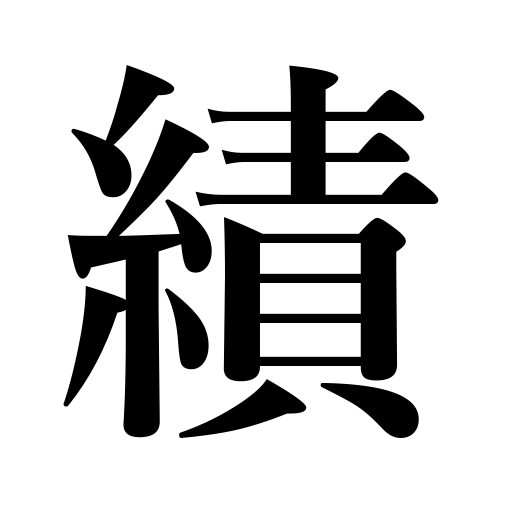
Meanings: unreeling cocoons,exploits